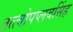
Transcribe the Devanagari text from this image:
तत्त्वोपप्लवसिंह